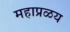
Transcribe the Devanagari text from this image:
महाप्रळय